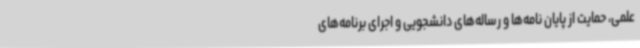
علمی، حمایت از پایان نامه‌ها و رساله‌های دانشجویی و اجرای برنامه‌های